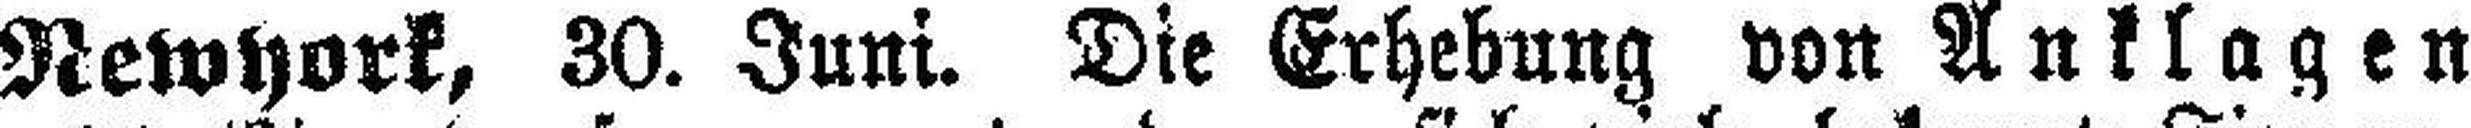
Newyork, 30. Juni. Die Erhebung von Anklagen